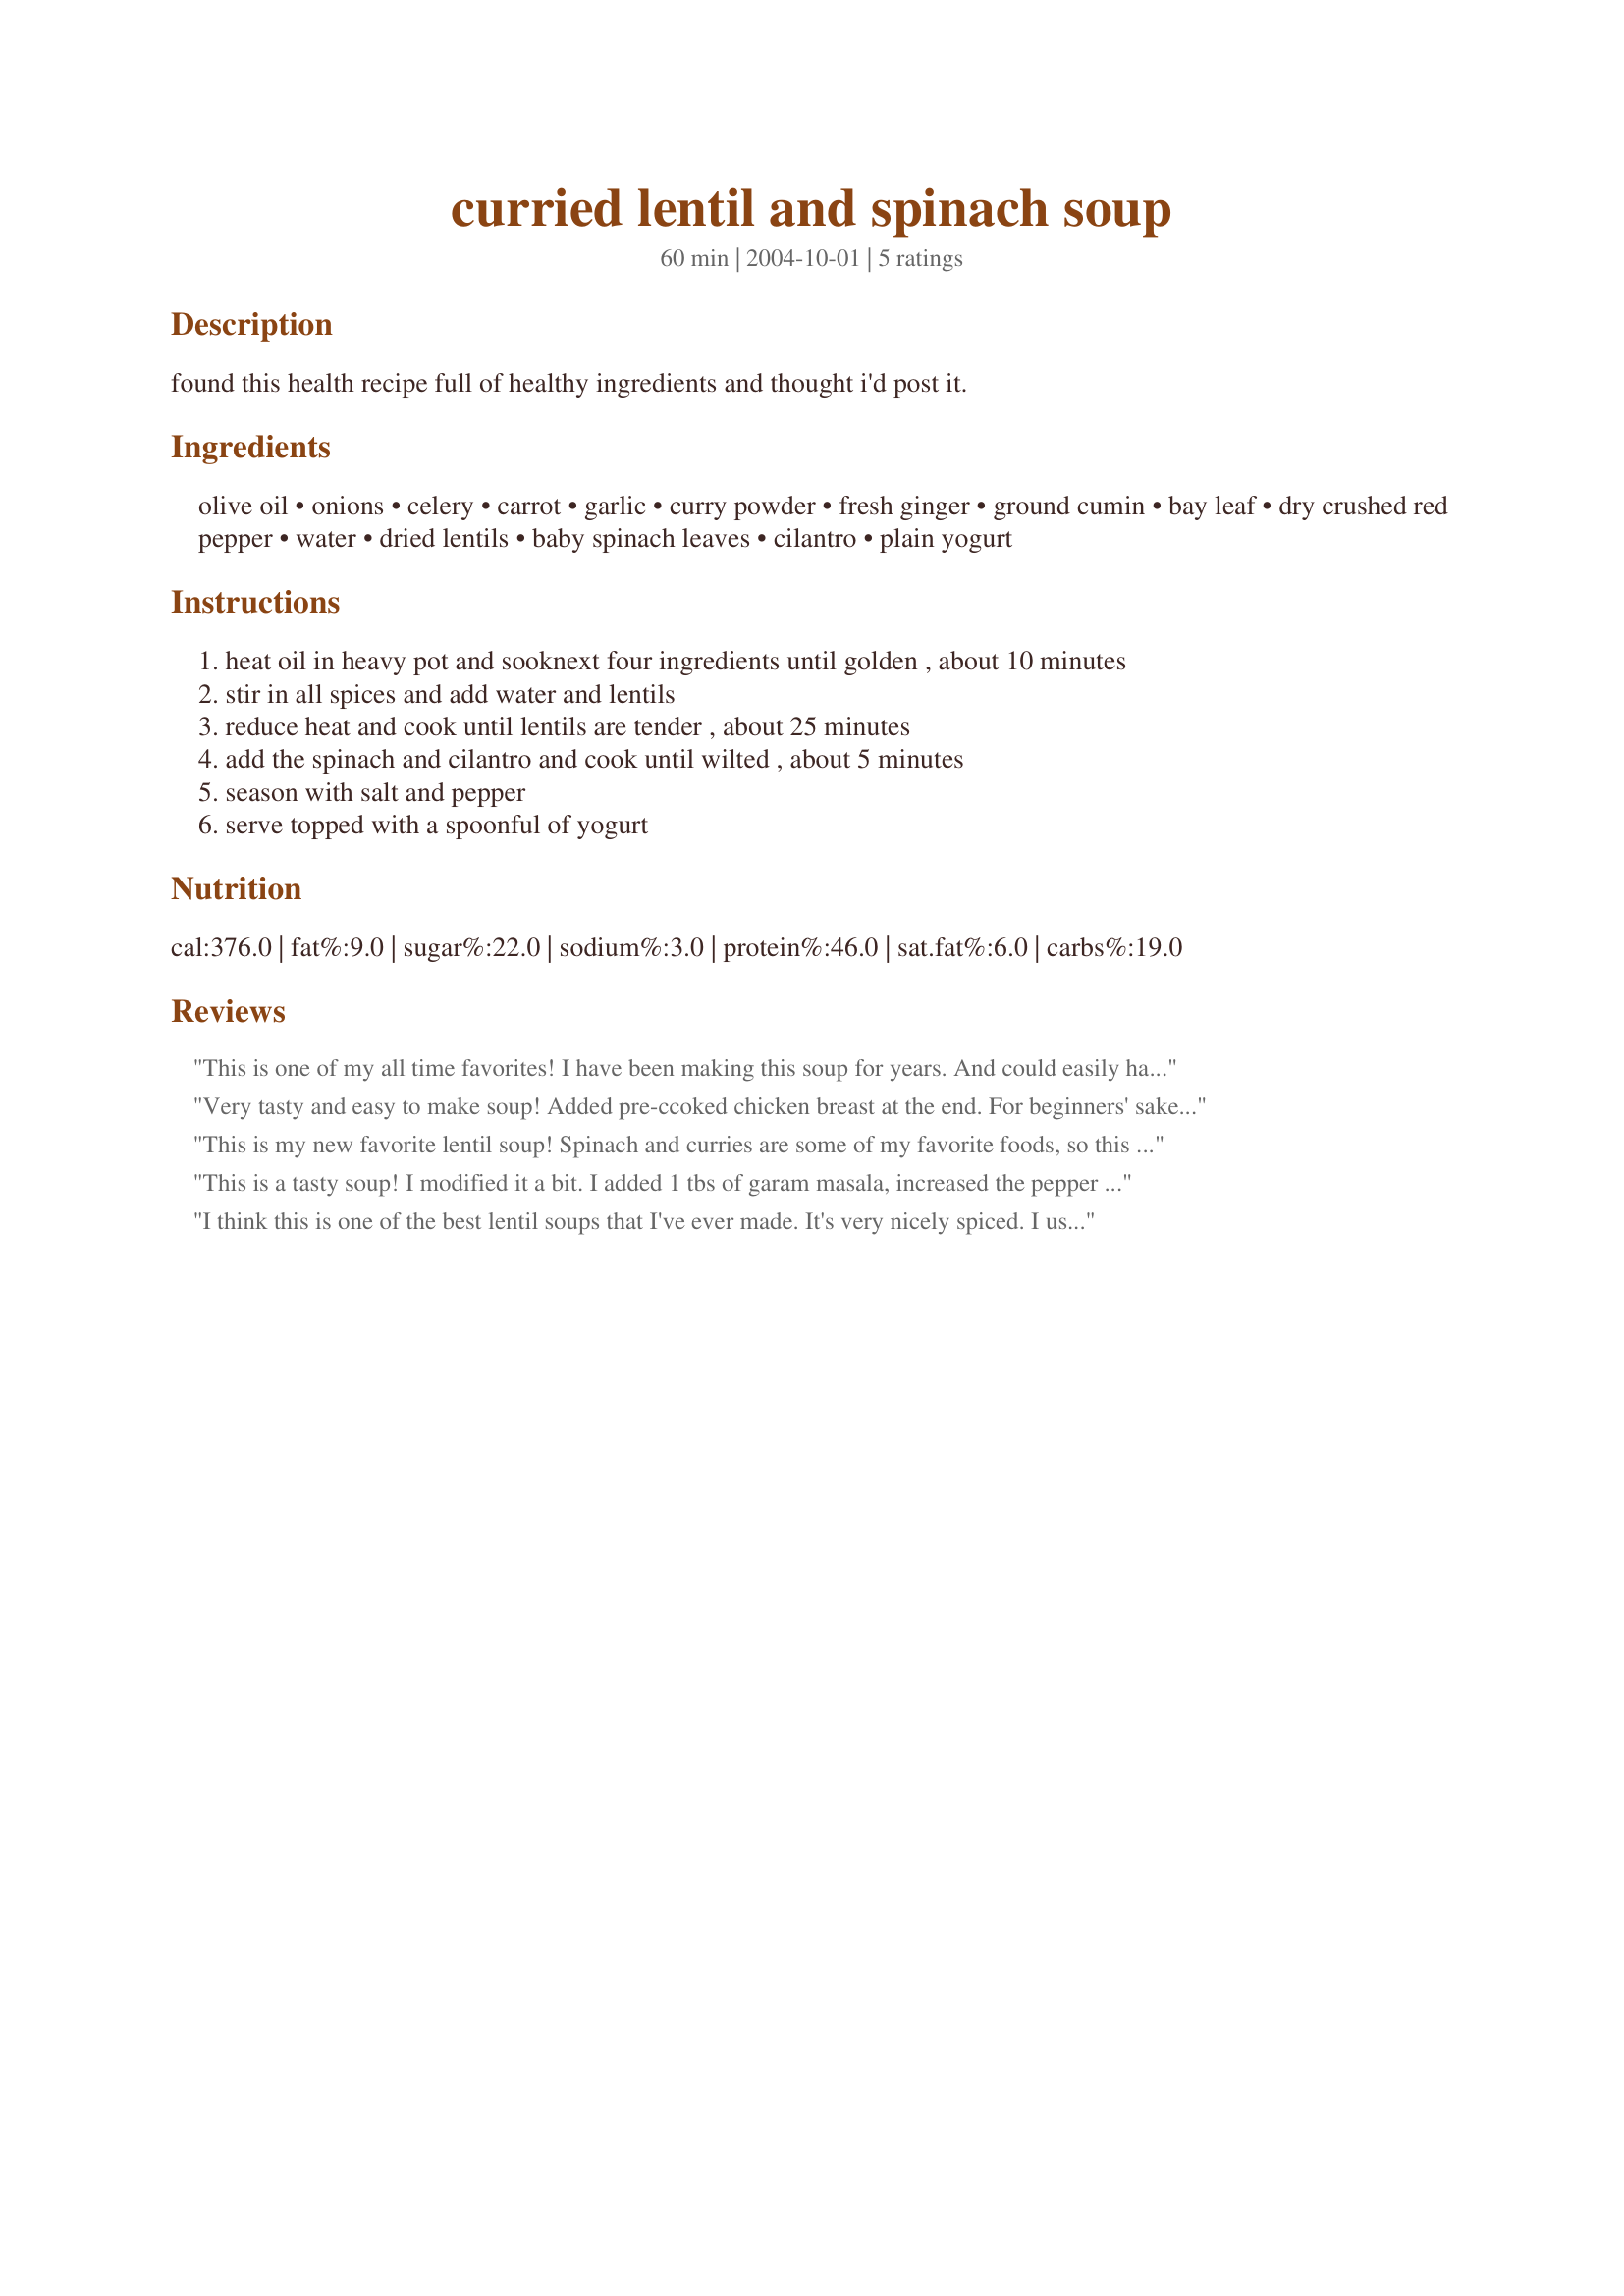
curried lentil and spinach soup
Preparation time: 60 minutes

found this health recipe full of healthy ingredients and thought i'd post it.

Ingredients:
olive oil, onions, celery, carrot, garlic, curry powder, fresh ginger, ground cumin, bay leaf, dry crushed red pepper, water, dried lentils, baby spinach leaves, cilantro, plain yogurt

Steps:
heat oil in heavy pot and sooknext four ingredients until golden , about 10 minutes
stir in all spices and add water and lentils
reduce heat and cook until lentils are tender , about 25 minutes
add the spinach and cilantro and cook until wilted , about 5 minutes
season with salt and pepper
serve topped with a spoonful of yogurt

Reviews:
This is one of my all time favorites! I have been making this soup for years. And could easily have it monthly. 
Try it you'll like it!
Very tasty and easy to make soup! Added pre-ccoked chicken breast at the end. For beginners' sake, it should be clarified the heat should not be turned down below a simmer. I waited 1.5 hours for the lentils to soften before realizing my mistake!
This is my new favorite lentil soup! Spinach and curries are some of my favorite foods, so this was a shoo-in for my regular recipe rotation. The only way I modified it was by adding some garam masala in addition to the curry powder for a little extra spice. Yum! It's easy to make, and uses things I tend do have on hand.
This is a tasty soup! I modified it a bit. I added 1 tbs of garam masala, increased the pepper flakes to 1/2 tsp, and substituted a package of frozen chopped spinach. I sauteed the veggies and seasoning and then added everything to a crockpot which had the water (+2 morga veg bouillion cubes) and cooked it on high for about 6 hours. I used brown lentils, because the recipe didn't specify which kind of lentils and that's what I had on hand. I thought it needed more salt so I added about 1/2 tsp at the end.

I think this is one of the best lentil soups that I've ever made. It's very nicely spiced. I used garam masala curry powder. I was very pleased with how quick and easy this was to make, too. This is even better when reheated the next day. Thanx for sharing the recipe! It's a keeper!
